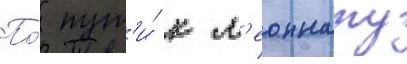
По́ пут'и́ к л'еоннату